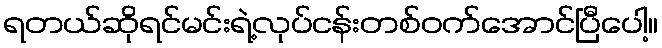
ရတယ်ဆိုရင်မင်းရဲ့လုပ်ငန်းတစ်ဝက်အောင်ပြီပေါ့။